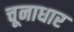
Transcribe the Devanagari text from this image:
चूनाधार